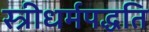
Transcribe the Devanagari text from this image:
स्त्रीधर्मपद्धति